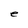
Character: e